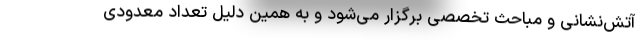
آتش‌نشانی و مباحث تخصصی برگزار می‌شود و به همین دلیل تعداد معدودی